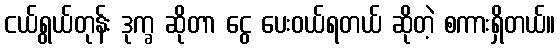
ငယ်ရွယ်တုန်း ဒုက္ခ ဆိုတာ ငွေ ပေးဝယ်ရတယ် ဆိုတဲ့ စကားရှိတယ်။